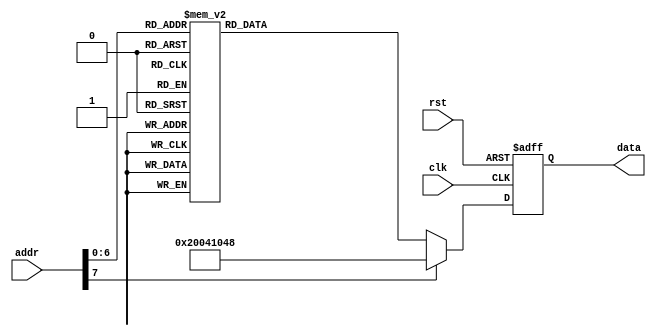
// Universidade de Sao Paulo
// MBA em seguranca de dados
//
// Igor Machado
//
// Decision Tree

module memory (
   input          clk,
   input          rst,
	
   input  [7:0]   addr,
   output [31:0]  data
);

   localparam NODE = {  32'h2_0041_0_48, // N0  (2,  65,    1,  72)
                        32'h6_0001_0_3F, // N1  (6,  1,     2,  63)
                        32'h5_0026_0_35, // N2  (5,  38,    3,  53)
                        32'h1_0001_0_1E, // N3  (1,  1,     4,  30)
                        32'h7_0001_0_12, // N4  (7,  1,     5,  18)
                        32'h2_0029_0_11, // N5  (2,  41,    6,  17)
                        32'hD_01FB_0_08, // N6  (13, 507,   7,  8 )
                        32'hF_FFFF_F_FF, // N7             (ACCEPT)
                        32'hD_0514_0_10, // N8  (13, 1300,  9,  16)
                        32'hD_0401_0_0E, // N9  (13, 1025,  10, 14)
								
                        32'h0_E637_0_0D, // N10 (0,  58935, 11, 13)
                        32'h0_4E7C_0_0C, // N11 (0,  20092, 12, 12)
                        32'hF_FFFF_0_FF, // N12              (DROP)
                        32'h0_E639_7_0C, // N13 (0,  58937, 7,  12)
                        32'h8_0001_7_0F, // N14 (8,  1,     7,  15)
                        32'h3_0004_C_07, // N15 (3,  4,     12, 7 )
                        32'hD_0599_7_07, // N16 (13, 1433,  7,  7 )
                        32'hD_000D_7_07, // N17 (13, 13,    7,  7 )
                        32'hD_0209_0_14, // N18 (13, 521,   19, 20)								
                        32'hD_01FB_7_0C, // N19 (13, 507,   7,  12)
								
                        32'hD_FFF4_0_1C, // N20 (13, 65524, 21, 28)
                        32'h2_002A_0_19, // N21 (2,  42,    22, 25)
                        32'hD_0428_0_07, // N22 (13, 1064,  23, 7 )
                        32'h3_0002_0_07, // N23 (3,  2,     24, 7 )
                        32'h0_ED46_7_07, // N24 (0,  60742, 7,  7 )
                        32'hD_0402_0_07, // N25 (13, 1026,  26, 7 )
                        32'h3_0004_0_07, // N26 (3,  4,     27, 7 )
                        32'hD_03A5_7_0C, // N27 (13, 933,   7,  12)
                        32'h3_0004_0_07, // N28 (3,  4,     29, 7 )
                        32'h5_0016_C_07, // N29 (5,  22,    12, 7 )
								
                        32'hD_0001_0_2B, // N30 (13, 1,     31, 43)
                        32'h0_003C_0_24, // N31 (0,  60,    32, 36)
                        32'hA_0001_0_23, // N32 (10, 1,     33, 35)
                        32'h3_0001_C_22, // N33 (3,  1,     12, 34)
                        32'h3_0005_7_07, // N34 (3,  5,     7,  7 )
                        32'h7_0001_7_07, // N35 (7,  1,     7,  7 )
                        32'h0_976F_7_25, // N36 (0,  38767, 7,  37)
                        32'h0_97B9_C_26, // N37 (0,  38841, 12, 38)
                        32'h0_A1FB_0_28, // N38 (0,  41467, 39, 40)
                        32'h0_A144_7_0C, // N39 (0,  41284, 7,  12)
								
                        32'h0_ED26_0_2A, // N40 (0,  60710, 41, 42)
                        32'hA_0001_7_07, // N41 (10, 1,     7,  7 )
                        32'h0_ED9B_C_07, // N42 (0,  60827, 12, 7 )
                        32'h4_0013_0_33, // N43 (4,  19,    44, 51)
                        32'hD_7110_7_2D, // N44 (13, 28944, 7,  45)
                        32'hD_7150_0_2F, // N45 (13, 29008, 46, 47)
                        32'h0_6735_7_0C, // N46 (0,  26421, 7,  12)
                        32'h8_0001_0_32, // N47 (8,  1,     48, 50)
                        32'h0_C7C7_7_31, // N48 (0,  51143, 7,  49)
                        32'h0_C7D9_C_07, // N49 (0,  51161, 12, 7 )
								
                        32'h2_002E_7_0C, // N50 (2,  46,    7,  12)
                        32'hD_5514_7_34, // N51 (13, 21780, 7,  52)
                        32'hD_B576_C_07, // N52 (13, 46454, 12, 7 )
                        32'hD_3D85_7_36, // N53 (13, 15749, 7,  54)
                        32'hD_FC08_0_3E, // N54 (13, 64520, 55, 62)
                        32'h0_000B_7_38, // N55 (0,  11,    7,  56)
                        32'hD_4058_0_3A, // N56 (13, 16472, 57, 58)
                        32'h2_003E_7_0C, // N57 (2,  62,    7,  12)
                        32'hD_FA9D_7_3B, // N58 (13, 64157, 7,  59)
                        32'h0_D8E7_0_0C, // N59 (0,  55527, 60, 12)
								
                        32'h0_D854_0_0C, // N60 (0,  55380, 61, 12)
                        32'h0_C60C_C_0C, // N61 (0,  50700, 12, 12)
                        32'h7_0001_7_07, // N62 (7,  1,     7,  7 )
                        32'hD_0200_7_40, // N63 (13, 512,   7,  64)
                        32'h0_0002_7_41, // N64 (0,  2,     7,  65)
                        32'hD_4072_0_07, // N65 (13, 16498, 66, 7 )
                        32'h3_0004_0_07, // N66 (3,  4,     67, 7 )
                        32'hA_0001_C_44, // N67 (10, 1,     12, 68)
                        32'hD_0400_7_45, // N68 (13, 1024,  7,  69)
                        32'hD_3D00_0_0C, // N69 (13, 15616, 70, 12)
								
                        32'hD_0401_0_07, // N70 (13, 1025,  71, 7 )
                        32'h1_0001_C_07, // N71 (1,  1,     12, 7 )
                        32'h9_0001_7_07  // N72 (9,  1,     7,  7 )
                     };
							
   reg [31:0] data_mem;
   reg [31:0] data_mem_ff;

   always @(*)
   begin
      case(addr)
         8'h0:    data_mem = NODE[2335:2304];
         8'h1:    data_mem = NODE[2303:2272];
         8'h2:    data_mem = NODE[2271:2240]; 
         8'h3:    data_mem = NODE[2239:2208];
         8'h4:    data_mem = NODE[2207:2176];
         8'h5:    data_mem = NODE[2175:2144];
         8'h6:    data_mem = NODE[2143:2112];
         8'h7:    data_mem = NODE[2111:2080];
         8'h8:    data_mem = NODE[2079:2048];
         8'h9:    data_mem = NODE[2047:2016];
         8'hA:    data_mem = NODE[2015:1984];
         8'hB:    data_mem = NODE[1983:1952];
         8'hC:    data_mem = NODE[1951:1920];
         8'hD:    data_mem = NODE[1919:1888];
         8'hE:    data_mem = NODE[1887:1856];
         8'hF:    data_mem = NODE[1855:1824];
         8'h10:   data_mem = NODE[1823:1792];
         8'h11:   data_mem = NODE[1791:1760];
         8'h12:   data_mem = NODE[1759:1728];
         8'h13:   data_mem = NODE[1727:1696];
         8'h14:   data_mem = NODE[1695:1664];
         8'h15:   data_mem = NODE[1663:1632];
         8'h16:   data_mem = NODE[1631:1600];
         8'h17:   data_mem = NODE[1599:1568];
         8'h18:   data_mem = NODE[1567:1536];
         8'h19:   data_mem = NODE[1535:1504];
         8'h1A:   data_mem = NODE[1503:1472];
         8'h1B:   data_mem = NODE[1471:1440];
         8'h1C:   data_mem = NODE[1439:1408];
         8'h1D:   data_mem = NODE[1407:1376];
         8'h1E:   data_mem = NODE[1375:1344];
         8'h1F:   data_mem = NODE[1343:1312];
         8'h20:   data_mem = NODE[1311:1280];
         8'h21:   data_mem = NODE[1279:1248];
         8'h22:   data_mem = NODE[1247:1216];
         8'h23:   data_mem = NODE[1215:1184];
         8'h24:   data_mem = NODE[1183:1152];
         8'h25:   data_mem = NODE[1151:1120];
         8'h26:   data_mem = NODE[1119:1088];
         8'h27:   data_mem = NODE[1087:1056];
         8'h28:   data_mem = NODE[1055:1024];
         8'h29:   data_mem = NODE[1023:992];
         8'h2A:   data_mem = NODE[991:960];
         8'h2B:   data_mem = NODE[959:928];
         8'h2C:   data_mem = NODE[927:896];
         8'h2D:   data_mem = NODE[895:864];
         8'h2E:   data_mem = NODE[863:832];
         8'h2F:   data_mem = NODE[831:800];
         8'h30:   data_mem = NODE[799:768];
         8'h31:   data_mem = NODE[767:736];
         8'h32:   data_mem = NODE[735:704];
         8'h33:   data_mem = NODE[703:672];
         8'h34:   data_mem = NODE[671:640];
         8'h35:   data_mem = NODE[639:608];
         8'h36:   data_mem = NODE[607:576];
         8'h37:   data_mem = NODE[575:544];
         8'h38:   data_mem = NODE[543:512];
         8'h39:   data_mem = NODE[511:480];
         8'h3A:   data_mem = NODE[479:448];
         8'h3B:   data_mem = NODE[447:416];
         8'h3C:   data_mem = NODE[415:384];
         8'h3D:   data_mem = NODE[383:352];
         8'h3E:   data_mem = NODE[351:320];
         8'h3F:   data_mem = NODE[319:288];
         8'h40:   data_mem = NODE[287:256];
         8'h41:   data_mem = NODE[255:224];
         8'h42:   data_mem = NODE[223:192];
         8'h43:   data_mem = NODE[191:160];
         8'h44:   data_mem = NODE[159:128];
         8'h45:   data_mem = NODE[127:96];
         8'h46:   data_mem = NODE[95:64];
         8'h47:   data_mem = NODE[63:32];
         8'h48:   data_mem = NODE[31:0];
         default: data_mem = NODE[2335:2304];
   endcase
   end
	
   always @(posedge clk or posedge rst)
   begin
      if(rst)
      begin
         data_mem_ff <= NODE[2335:2304];
      end
		
      else
      begin
         data_mem_ff <= data_mem;
      end
   end
	
   assign data = data_mem_ff;
	
endmodule